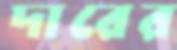
দারের